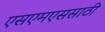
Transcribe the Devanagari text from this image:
एसएमएससाठी